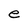
Character: e